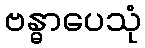
ဗန္ဓာပေသုံ